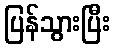
ပြန်သွားပြီး